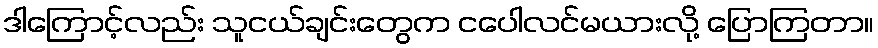
ဒါကြောင့်လည်း သူငယ်ချင်းတွေက ငပေါလင်မယားလို့ ပြောကြတာ။